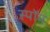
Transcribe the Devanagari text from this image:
स्पॉम